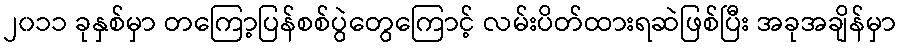
၂၀၁၁ ခုနှစ်မှာ တကြော့ပြန်စစ်ပွဲတွေကြောင့် လမ်းပိတ်ထားရဆဲဖြစ်ပြီး အခုအချိန်မှာ